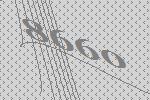
8660